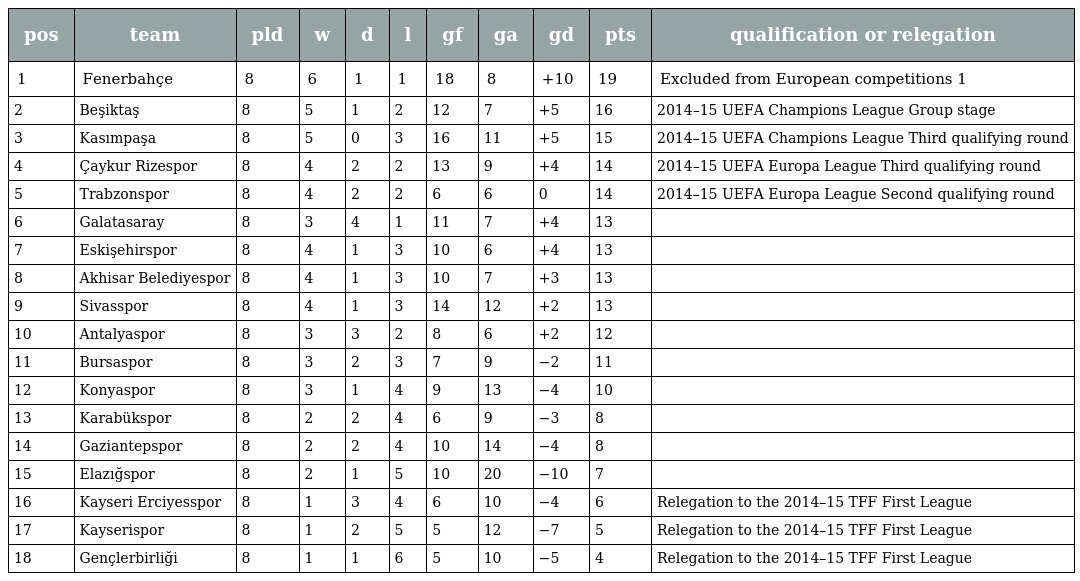
| pos | team | pld | w | d | l | gf | ga | gd | pts | qualification or relegation |
 | --- | --- | --- | --- | --- | --- | --- | --- | --- | --- | --- |
 | 1 | Fenerbahçe | 8 | 6 | 1 | 1 | 18 | 8 | +10 | 19 | Excluded from European competitions 1 |
 | 2 | Beşiktaş | 8 | 5 | 1 | 2 | 12 | 7 | +5 | 16 | 2014–15 UEFA Champions League Group stage |
 | 3 | Kasımpaşa | 8 | 5 | 0 | 3 | 16 | 11 | +5 | 15 | 2014–15 UEFA Champions League Third qualifying round |
 | 4 | Çaykur Rizespor | 8 | 4 | 2 | 2 | 13 | 9 | +4 | 14 | 2014–15 UEFA Europa League Third qualifying round |
 | 5 | Trabzonspor | 8 | 4 | 2 | 2 | 6 | 6 | 0 | 14 | 2014–15 UEFA Europa League Second qualifying round |
 | 6 | Galatasaray | 8 | 3 | 4 | 1 | 11 | 7 | +4 | 13 |  |
 | 7 | Eskişehirspor | 8 | 4 | 1 | 3 | 10 | 6 | +4 | 13 |  |
 | 8 | Akhisar Belediyespor | 8 | 4 | 1 | 3 | 10 | 7 | +3 | 13 |  |
 | 9 | Sivasspor | 8 | 4 | 1 | 3 | 14 | 12 | +2 | 13 |  |
 | 10 | Antalyaspor | 8 | 3 | 3 | 2 | 8 | 6 | +2 | 12 |  |
 | 11 | Bursaspor | 8 | 3 | 2 | 3 | 7 | 9 | −2 | 11 |  |
 | 12 | Konyaspor | 8 | 3 | 1 | 4 | 9 | 13 | −4 | 10 |  |
 | 13 | Karabükspor | 8 | 2 | 2 | 4 | 6 | 9 | −3 | 8 |  |
 | 14 | Gaziantepspor | 8 | 2 | 2 | 4 | 10 | 14 | −4 | 8 |  |
 | 15 | Elazığspor | 8 | 2 | 1 | 5 | 10 | 20 | −10 | 7 |  |
 | 16 | Kayseri Erciyesspor | 8 | 1 | 3 | 4 | 6 | 10 | −4 | 6 | Relegation to the 2014–15 TFF First League |
 | 17 | Kayserispor | 8 | 1 | 2 | 5 | 5 | 12 | −7 | 5 | Relegation to the 2014–15 TFF First League |
 | 18 | Gençlerbirliği | 8 | 1 | 1 | 6 | 5 | 10 | −5 | 4 | Relegation to the 2014–15 TFF First League |